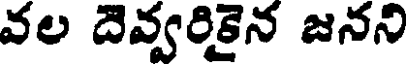
వల దెవ్వరికైన జనని